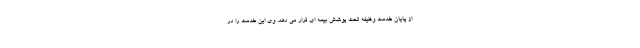
از پایان خدمت وظیفه تحت پوشش بیمه ای قرار می دهد. وی این خدمت را در